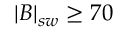
| B | _ { s w } \geq 7 0